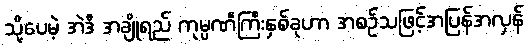
သို့ပေမဲ့ အဲဒီ အချိုရည် ကုမ္ပဏီကြီးနှစ်ခုဟာ အစဉ်သဖြင့်အပြန်အလှန်